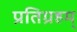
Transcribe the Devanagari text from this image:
प्रतिग्रहम्